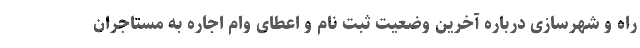
راه و شهرسازی درباره آخرین وضعیت ثبت نام و اعطای وام اجاره به مستاجران